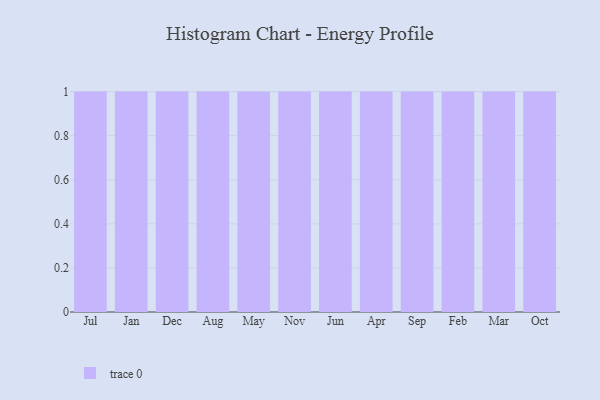
{"axis": {"x": "Month", "y": "Gross Profit (USD K)"}, "legend": [""], "data": [{"x": "Jul", "y": 46, "type": ""}, {"x": "Jan", "y": 34, "type": ""}, {"x": "Dec", "y": 10, "type": ""}, {"x": "Aug", "y": 73, "type": ""}, {"x": "May", "y": 20, "type": ""}, {"x": "Nov", "y": 50, "type": ""}, {"x": "Jun", "y": 42, "type": ""}, {"x": "Apr", "y": 50, "type": ""}, {"x": "Sep", "y": 66, "type": ""}, {"x": "Feb", "y": 9, "type": ""}, {"x": "Mar", "y": 44, "type": ""}, {"x": "Oct", "y": 28, "type": ""}]}